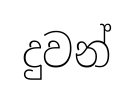
දුවන්